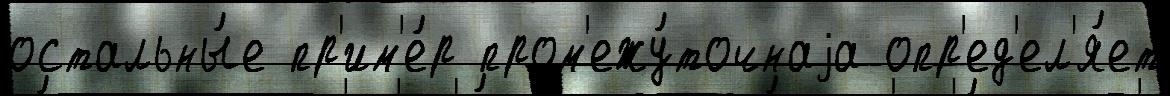
остальны́е пр'им'е́р пром'ежу́точнаjа опр'ед'ел'я́ет